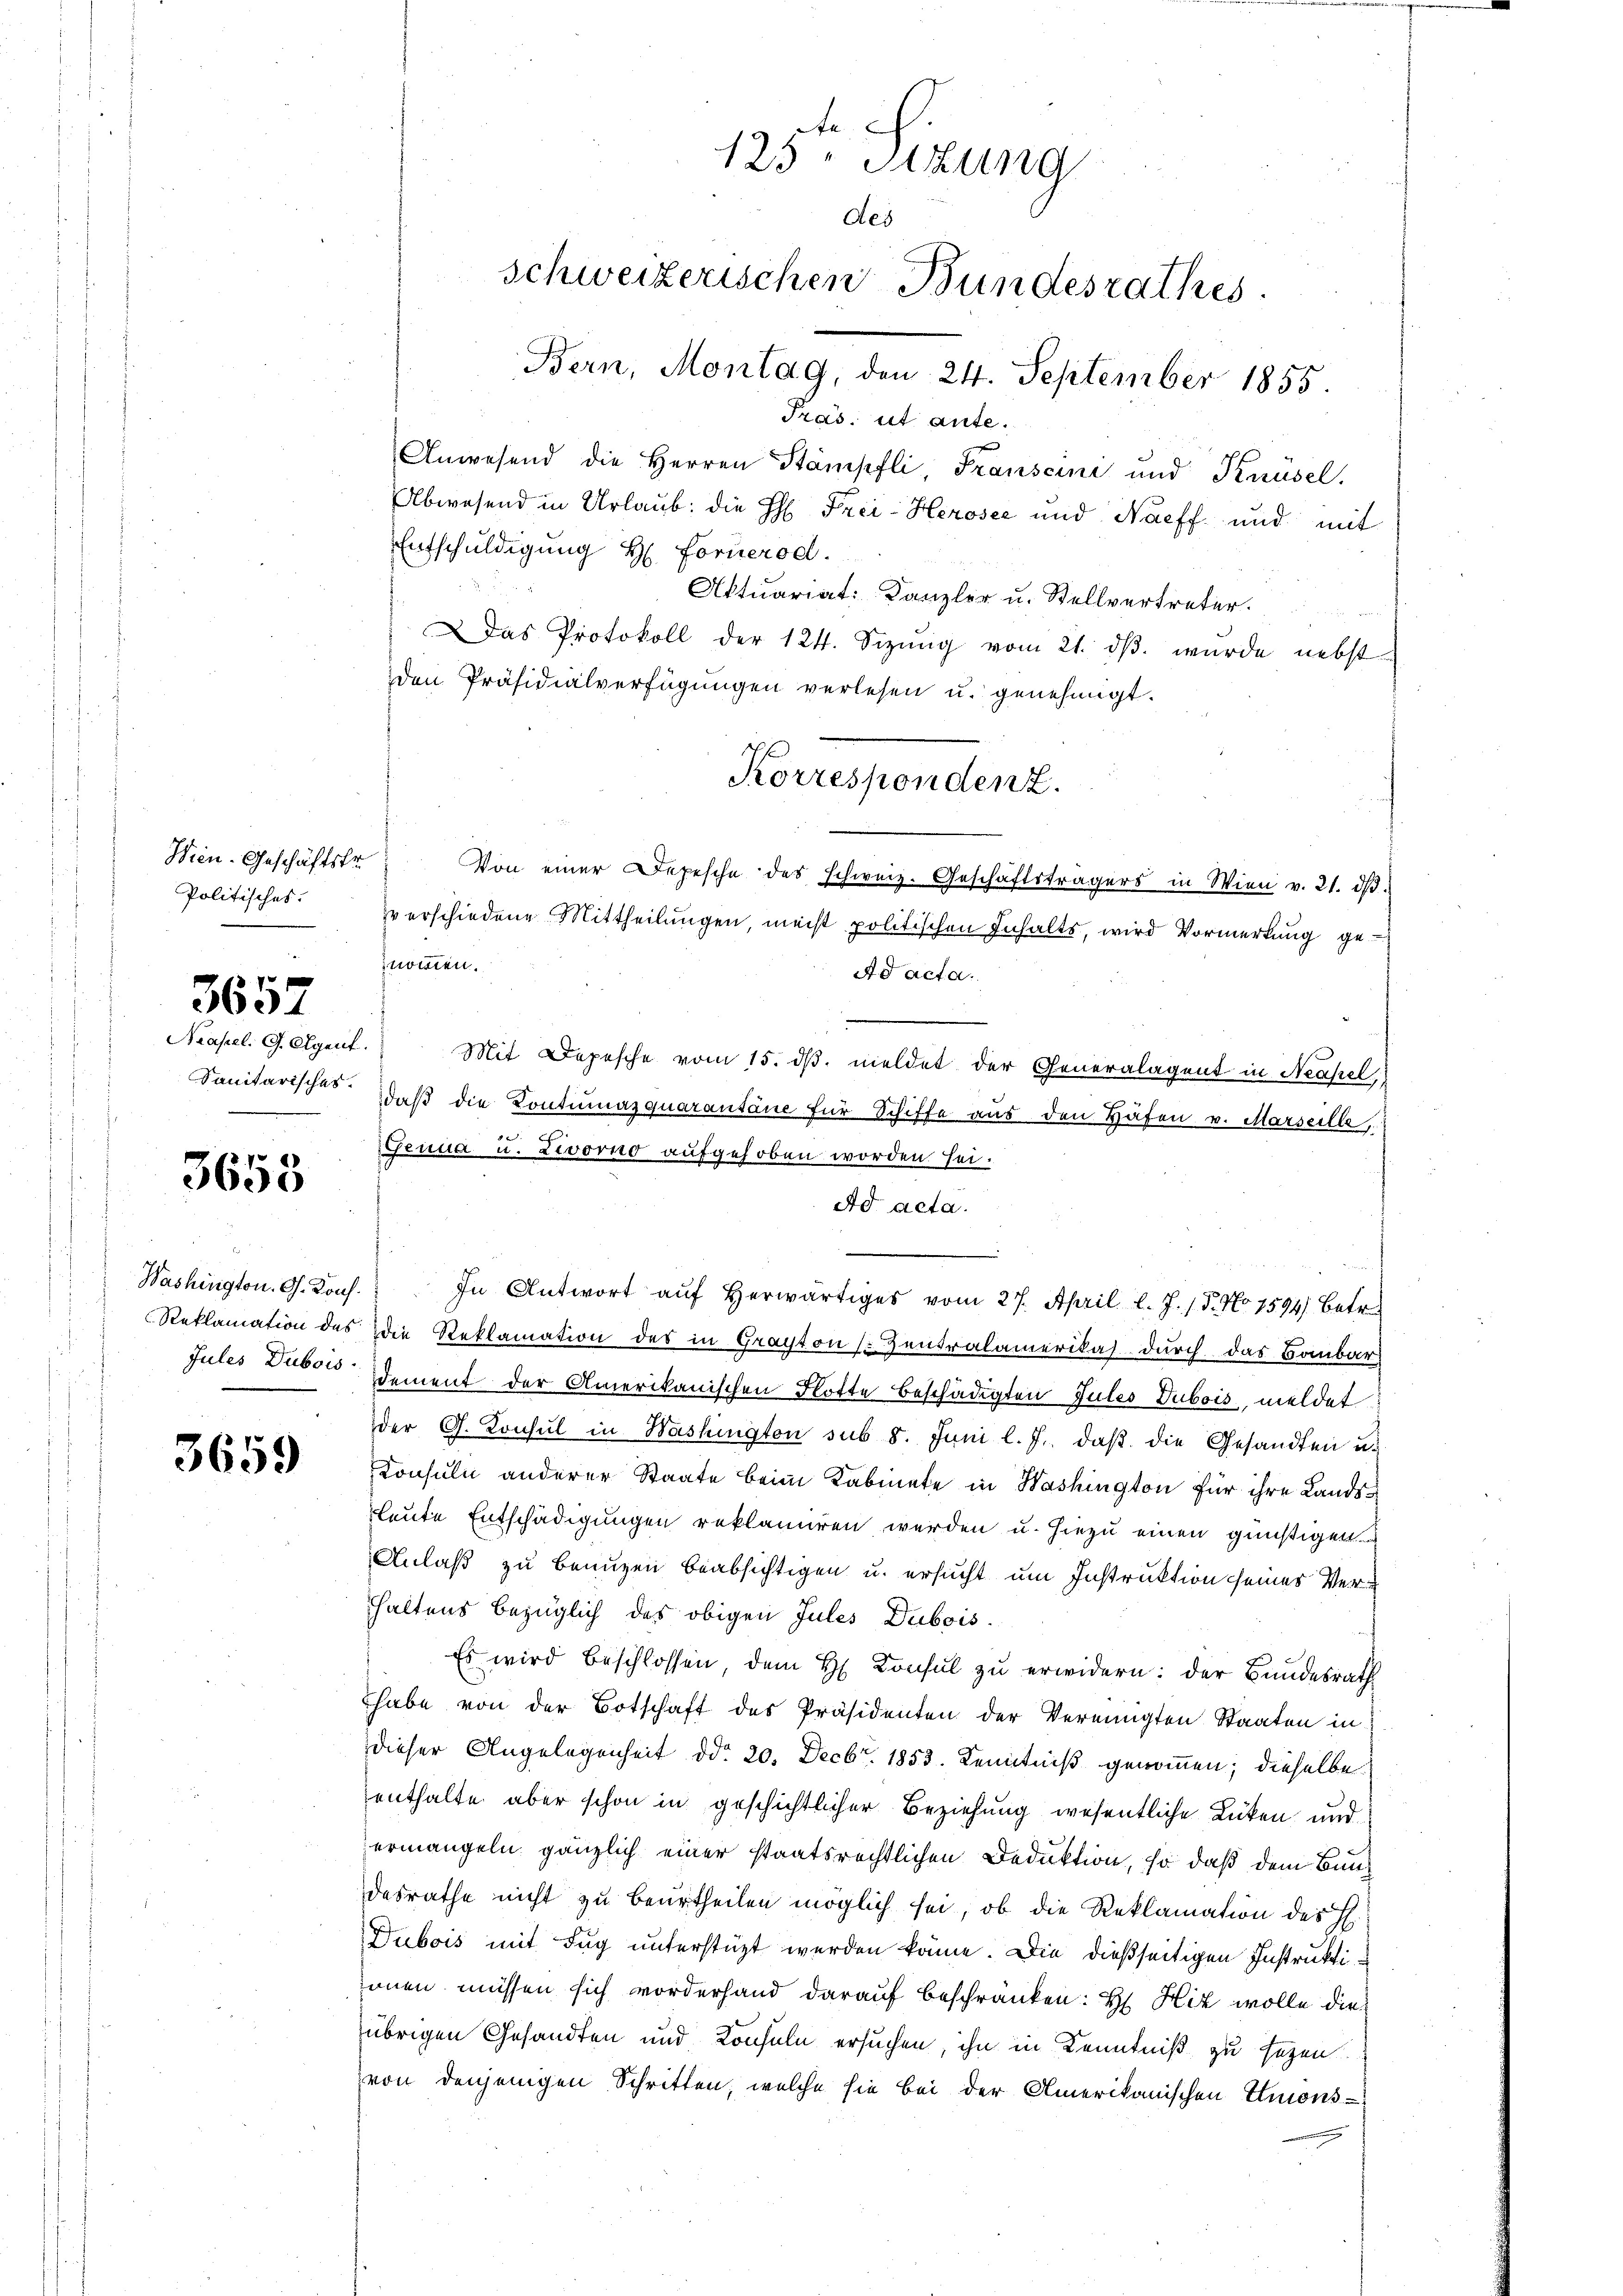
Wien. Geschäftstr.
Politisches.

3657

Neapel. G. Agent.

3658

Washington. G. Konf.

3659

Anwesend die Herren Stämpfli Franscini und Knüsel.
Abwesend in Urlaub: die H: Frei-Herosee und Naeff und mit
Entschuldigung H. Fornerod.
Aktuariat: Kanzler u. Stellvertreter.
Das Protokoll der 124. Sizŭng vom 21. dβ. wurde nebst
den Präsidialverfügungen verlesen u. genehmigt.
Von einer Depesche des schweiz. Geschäftsträgers in Wien v. 21. dβ.
verschiedene Mittheilungen, meist politischen Inhalts, wird Vormerkung genommen.
Ad acta.
Mit Depesche vom 15. ds. meldet der Generalagent in Neapel
Sanitarisches: daß die Contumazquarantane für Schiffe aus den Häfen v. Marseille,
Genua u. Livorno aufgehoben worden sei.
Ad acta.
.
In Antwort auf herwärtiges vom 27. April l. J. / 5. No 1594) Betr.
Reklamation des die Reklamation des in Grapton Zentralamerikas durch das Baubar
Jules Dubois dement der Amerikanischen Flotte beschädigten Jules Dubois, meldet
der G. Konsul in Washington sub 8. Juni l. J. daβ die Gesandten u.
Konsuln anderer Staate beim Kabinete in Washington für ihre Landsfleute Entschädigungen reklamiren werden u. hiezu einen günstigen
Anlaß zu benuzen beabsichtigen u. ersucht um Instruktion seines Verhaltens bezüglich des obigen Jules Dubois.
Es wird beschlossen, dem H. Konsul zu erwidern: der Bundesrath
habe von der Botschaft des Präsidenten der Vereinigten Staaten in
dieser Angelegenheit ddo 20. Decbr. 1853. Kenntniß genommen; dieselbe
enthalte aber schon in geschichtlicher Beziehung wesentliche Lücken und
ermangeln gänzlich einer staatsrechtlichen Deduktion, so daß dem Bundesrathe nicht zu beurtheilen möglich sei, ob die Reklamation des H.
Dubois mit Fug unterstüzt werden könne. Die dießseitigen Instruktiinen müssen sich vorderhand darauf beschränken: H Hiz wolle die
übrigen Gesandten und Konsuln ersuchen, ihn in Kenntniß zu sezen.
von denjenigen Schritten, welche sie bei der Amerikanischen Imons-

e
125. Sitzung
des
schweizerischen Bundesrathes
Bern, Montag, den 24. September 1855.
Pras: ut ante.

Korrespondenz.